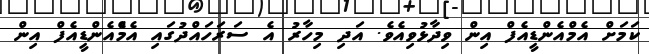
ކަމަށް އެމްއެންޑީއެފް އިން ވިދާޅުވިއެވެ. އަދި މިހާރު އެ ސަރަހައްދުގައި އެމްެްއެންޑީއެފް އިން